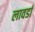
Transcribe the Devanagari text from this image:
लावर्डा